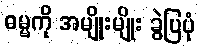
ဓမ္မကို အမျိုးမျိုး ခွဲပြပုံ